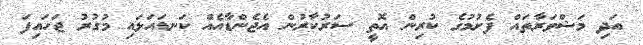
އަދި މަޝްވަރާތައް ފެށުމުގެ ކުރިން އޮތީ ސަރުކާރުން އެޖެންޑާއެއް ކަނޑައަޅައި މުގުރު ޖަހައިފަ